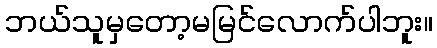
ဘယ်သူမှတော့မမြင်လောက်ပါဘူး။